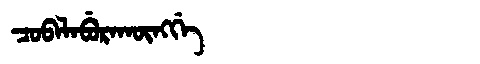
Manchu: ᠴᠣᠪᠠᠯᠠᠪᡠᡵᠠᡴᡡᠩᡤᡝ
Romanization: COBALABURAKŪNGGE